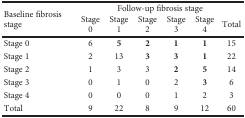
<table><thead><tr><td rowspan="2"><b>Baseline fibrosis stage</b></td><td colspan="6"><b>Follow-up fibrosis stage</b></td></tr><tr><td><b>Stage 0</b></td><td><b>Stage 1</b></td><td><b>Stage 2</b></td><td><b>Stage 3</b></td><td><b>Stage 4</b></td><td><b>Total</b></td></tr></thead><tbody><tr><td>Stage 0</td><td>6</td><td><b>5</b></td><td><b>2</b></td><td><b>1</b></td><td><b>1</b></td><td>15</td></tr><tr><td>Stage 1</td><td>2</td><td>13</td><td><b>3</b></td><td><b>3</b></td><td><b>1</b></td><td>22</td></tr><tr><td>Stage 2</td><td>1</td><td>3</td><td>3</td><td><b>2</b></td><td><b>5</b></td><td>14</td></tr><tr><td>Stage 3</td><td>0</td><td>1</td><td>0</td><td>2</td><td><b>3</b></td><td>6</td></tr><tr><td>Stage 4</td><td>0</td><td>0</td><td>0</td><td>1</td><td>2</td><td>3</td></tr><tr><td>Total</td><td>9</td><td>22</td><td>8</td><td>9</td><td>12</td><td>60</td></tr></tbody></table>